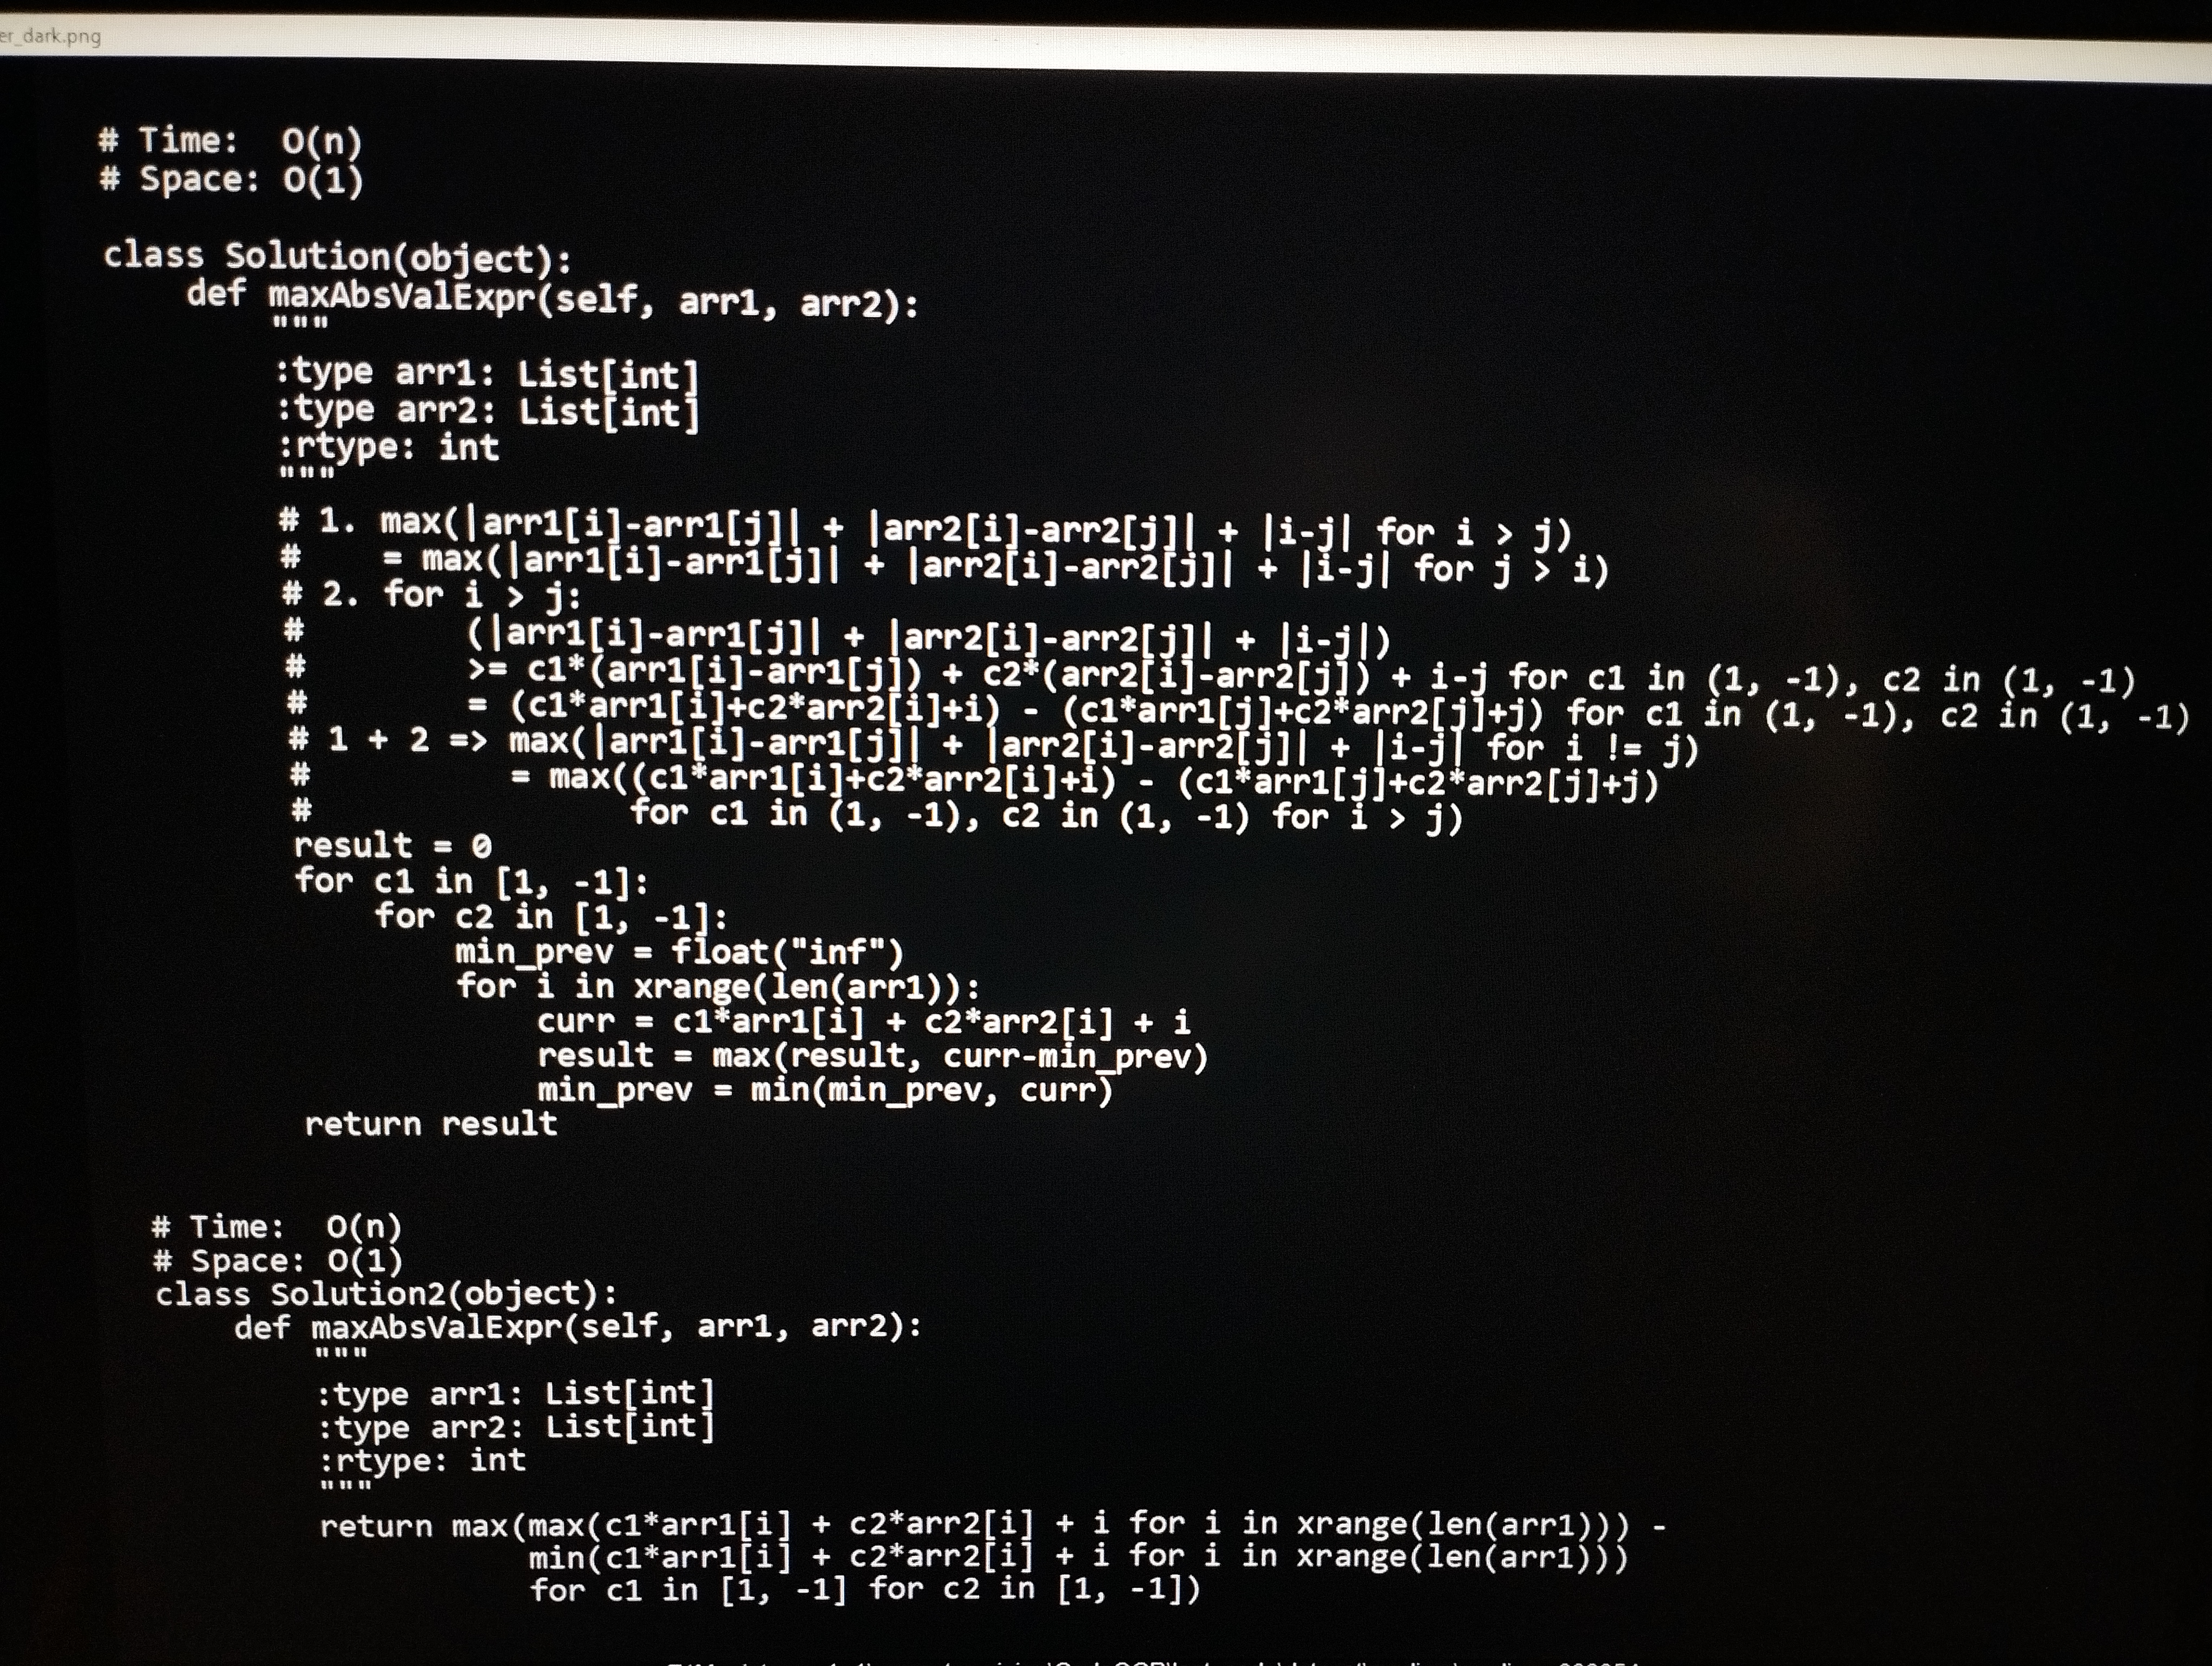
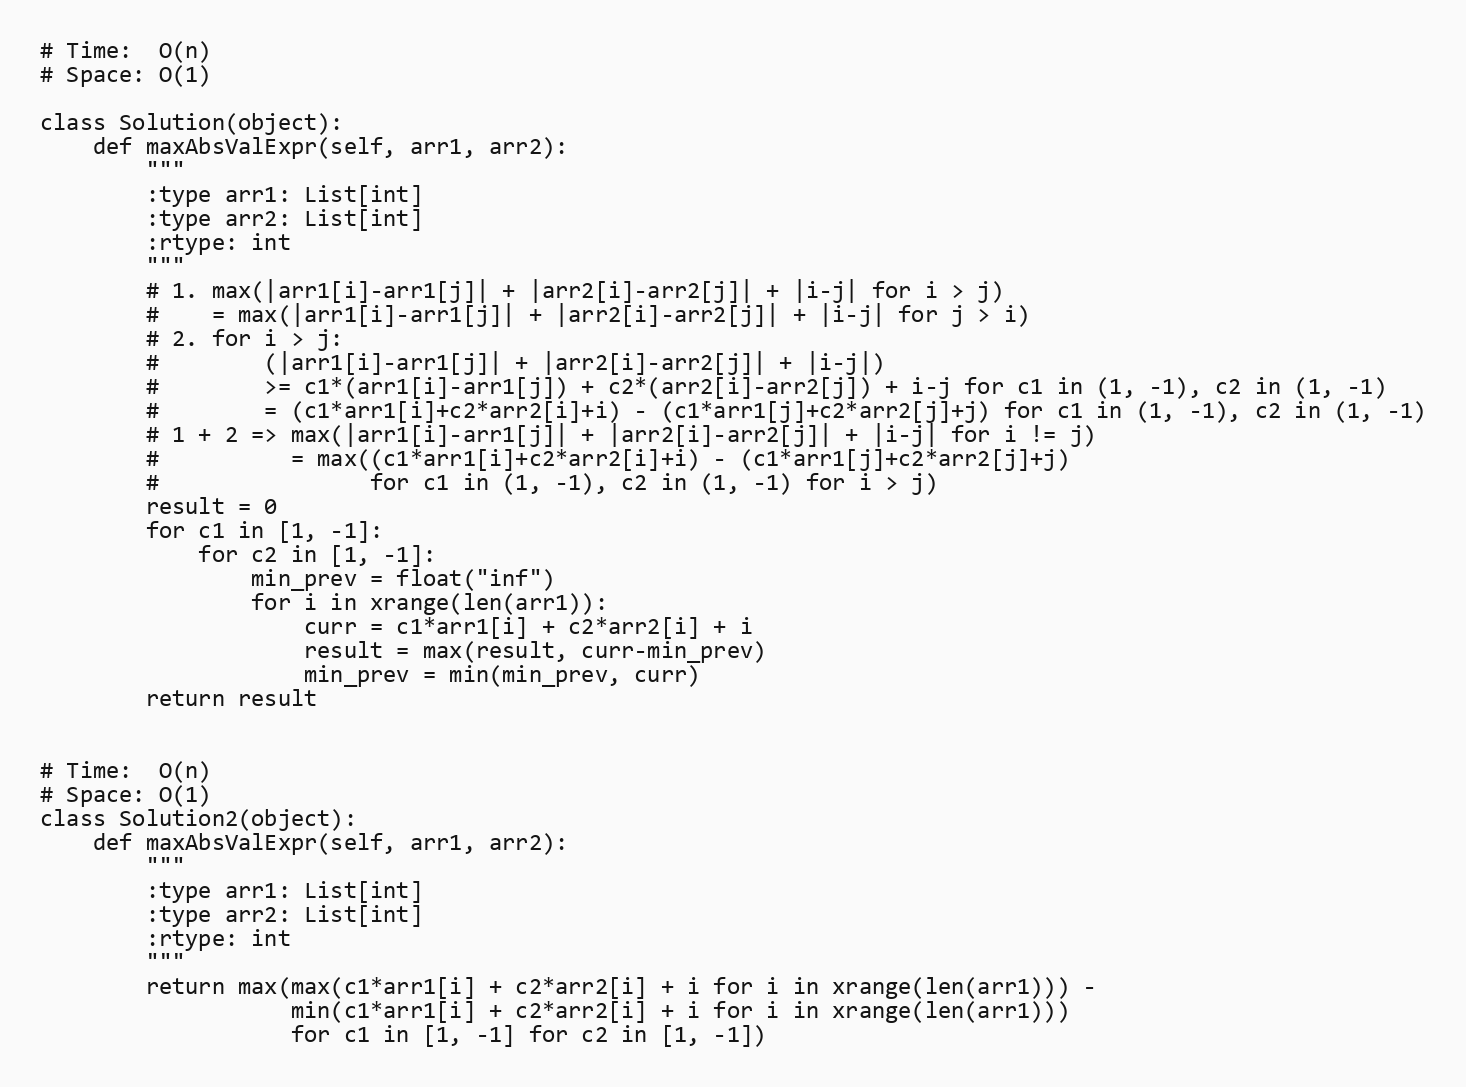
# Time:  O(n)
# Space: O(1)

class Solution(object):
    def maxAbsValExpr(self, arr1, arr2):
        """
        :type arr1: List[int]
        :type arr2: List[int]
        :rtype: int
        """
        # 1. max(|arr1[i]-arr1[j]| + |arr2[i]-arr2[j]| + |i-j| for i > j)
        #    = max(|arr1[i]-arr1[j]| + |arr2[i]-arr2[j]| + |i-j| for j > i)
        # 2. for i > j:
        #        (|arr1[i]-arr1[j]| + |arr2[i]-arr2[j]| + |i-j|)
        #        >= c1*(arr1[i]-arr1[j]) + c2*(arr2[i]-arr2[j]) + i-j for c1 in (1, -1), c2 in (1, -1)
        #        = (c1*arr1[i]+c2*arr2[i]+i) - (c1*arr1[j]+c2*arr2[j]+j) for c1 in (1, -1), c2 in (1, -1)
        # 1 + 2 => max(|arr1[i]-arr1[j]| + |arr2[i]-arr2[j]| + |i-j| for i != j)
        #          = max((c1*arr1[i]+c2*arr2[i]+i) - (c1*arr1[j]+c2*arr2[j]+j)
        #                for c1 in (1, -1), c2 in (1, -1) for i > j)
        result = 0
        for c1 in [1, -1]:
            for c2 in [1, -1]:
                min_prev = float("inf")
                for i in xrange(len(arr1)):
                    curr = c1*arr1[i] + c2*arr2[i] + i
                    result = max(result, curr-min_prev)
                    min_prev = min(min_prev, curr)
        return result

# Time:  O(n)
# Space: O(1)
class Solution2(object):
    def maxAbsValExpr(self, arr1, arr2):
        """
        :type arr1: List[int]
        :type arr2: List[int]
        :rtype: int
        """
        return max(max(c1*arr1[i] + c2*arr2[i] + i for i in xrange(len(arr1))) -
                   min(c1*arr1[i] + c2*arr2[i] + i for i in xrange(len(arr1)))
                   for c1 in [1, -1] for c2 in [1, -1])